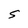
Character: S